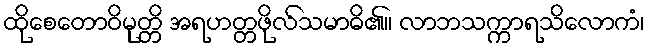
ထိုစေတောဝိမုတ္တိ အရဟတ္တဖိုလ်သမာဓိ၏။ လာဘသက္ကာရသိလောကံ၊